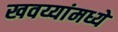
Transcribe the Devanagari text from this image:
खवय्यांमध्ये